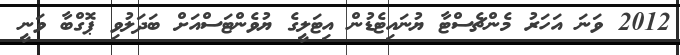
2012 ވަނަ އަހަރު މެންޗެސްޓާ ޔުނައިޓެޑުން އިޓަލީގެ ޔުވެންޓަސްއަށް ބަދަލުވި ޕޮގްބާ ވަނީ